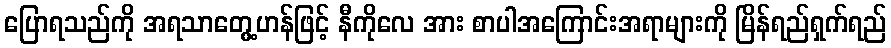
ပြောရသည်ကို အရသာတွေ့ဟန်ဖြင့် နီကိုလေ အား စာပါအကြောင်းအရာများကို မြိန်ရည်ရှက်ရည်